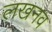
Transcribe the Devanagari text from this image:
लखनव